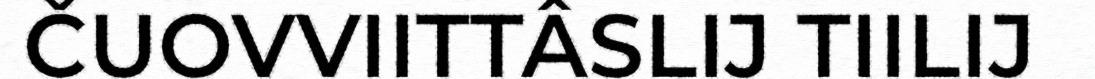
ČUOVVIITTÂSLIJ TIILIJ